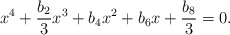
\begin{align*} x^4+\frac{b_2}{3}x^3+b_4x^2+b_6x+\frac{b_8}{3}=0. \end{align*}